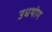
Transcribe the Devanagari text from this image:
उधयोग